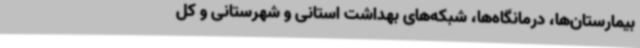
بیمارستان‌ها، درمانگاه‌ها، شبکه‌های بهداشت استانی و شهرستانی و کل